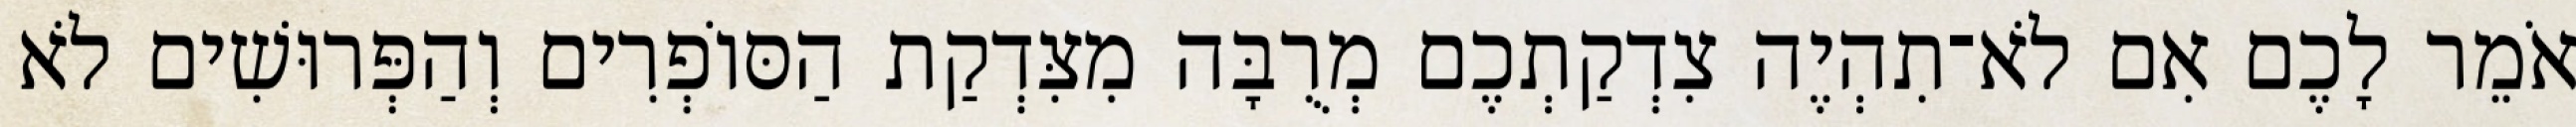
אֹמֵר לָכֶם אִם לֹא־תִהְיֶה צִדְקַתְכֶם מְרֻבָּה מִצִּדְקַת הַסּוֹפְרִים וְהַפְּרוּשִׁים לֹא